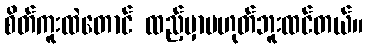
စိတ်ကူးထဲတောင် ထည့်မှာမဟုတ်ဘူးထင်တယ်။